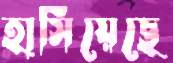
হাসিয়েছে